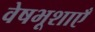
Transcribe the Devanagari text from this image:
वेषभूशाएँ